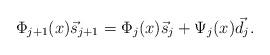
LaTeX: \begin{align*}\Phi_{j+1}(x)\vec{s}_{j+1} = \Phi_j(x) \vec{s}_j + \Psi_j(x) \vec{d}_j.\end{align*}